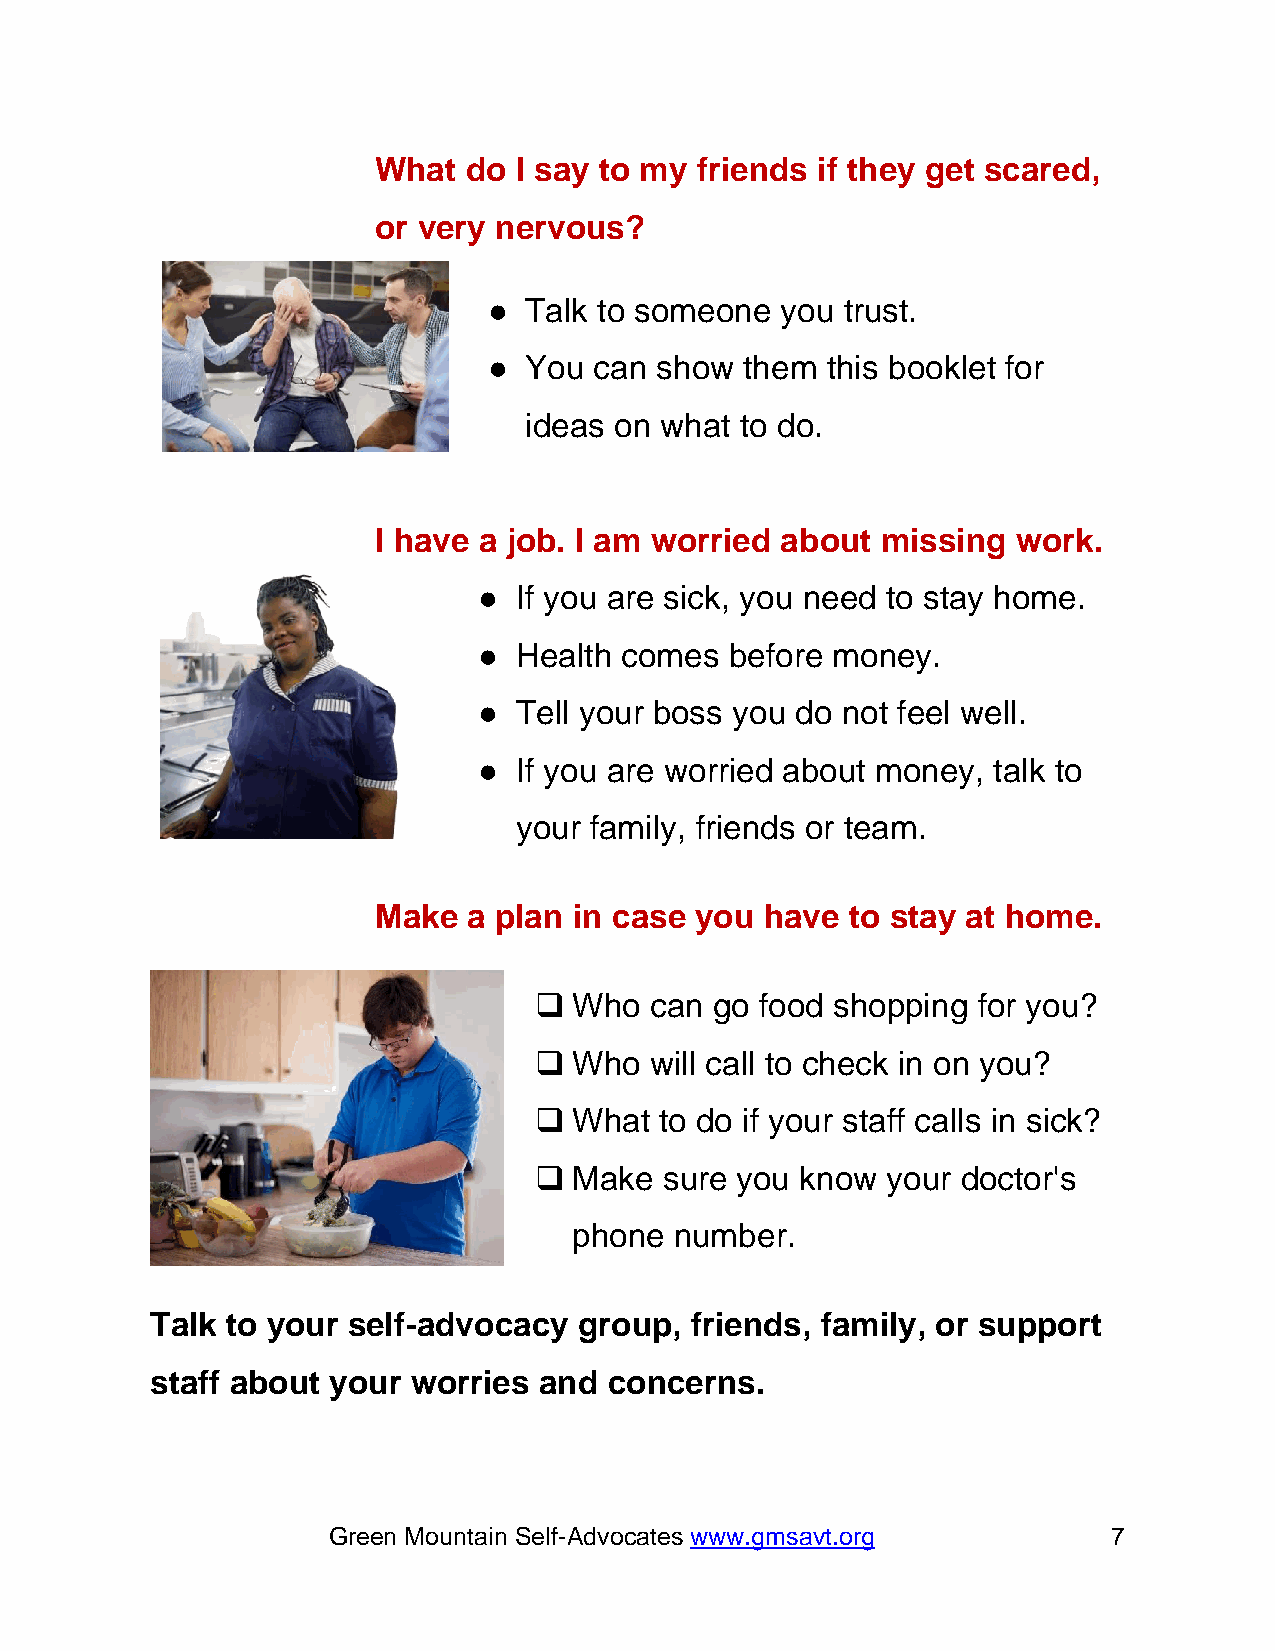
What  do I say to my friends if they get scared,
 or very nervous?
 ●  Talk to someone  you trust.
 ●  You can show  them  this booklet for
 ideas on what to do.
 I have a job. I am worried about missing  work.
 ● If you are sick, you need to stay home.
 ● Health comes  before money.
 ● Tell your boss you do not feel well.
 ● If you are worried about money, talk to
 your family, friends or team.
 Make  a plan in case you  have to stay at home.
 ❑  Who  can go food shopping  for you?
 ❑  Who  will call to check in on you?
 ❑  What  to do if your staff calls in sick?
 ❑  Make  sure you know  your doctor's
 phone  number.
 Talk to your self-advocacy  group,  friends, family, or support
 staff about your worries  and concerns.
 Green Mountain Self-Advocates www.gmsavt.org        7